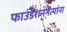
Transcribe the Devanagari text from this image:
फाउंडेशननेत्यांना